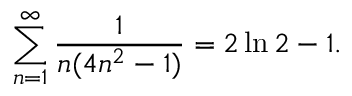
\sum _ { n = 1 } ^ { \infty } { \frac { 1 } { n ( 4 n ^ { 2 } - 1 ) } } = 2 \ln 2 - 1 .